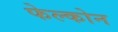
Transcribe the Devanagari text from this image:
फेल्कोन